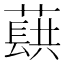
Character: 蕻